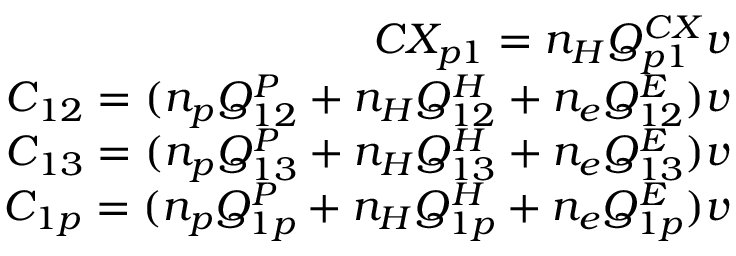
\begin{array} { r } { C X _ { p 1 } = n _ { H } Q _ { p 1 } ^ { C X } v } \\ { C _ { 1 2 } = ( n _ { p } Q _ { 1 2 } ^ { P } + n _ { H } Q _ { 1 2 } ^ { H } + n _ { e } Q _ { 1 2 } ^ { E } ) v } \\ { C _ { 1 3 } = ( n _ { p } Q _ { 1 3 } ^ { P } + n _ { H } Q _ { 1 3 } ^ { H } + n _ { e } Q _ { 1 3 } ^ { E } ) v } \\ { C _ { 1 p } = ( n _ { p } Q _ { 1 p } ^ { P } + n _ { H } Q _ { 1 p } ^ { H } + n _ { e } Q _ { 1 p } ^ { E } ) v } \end{array}